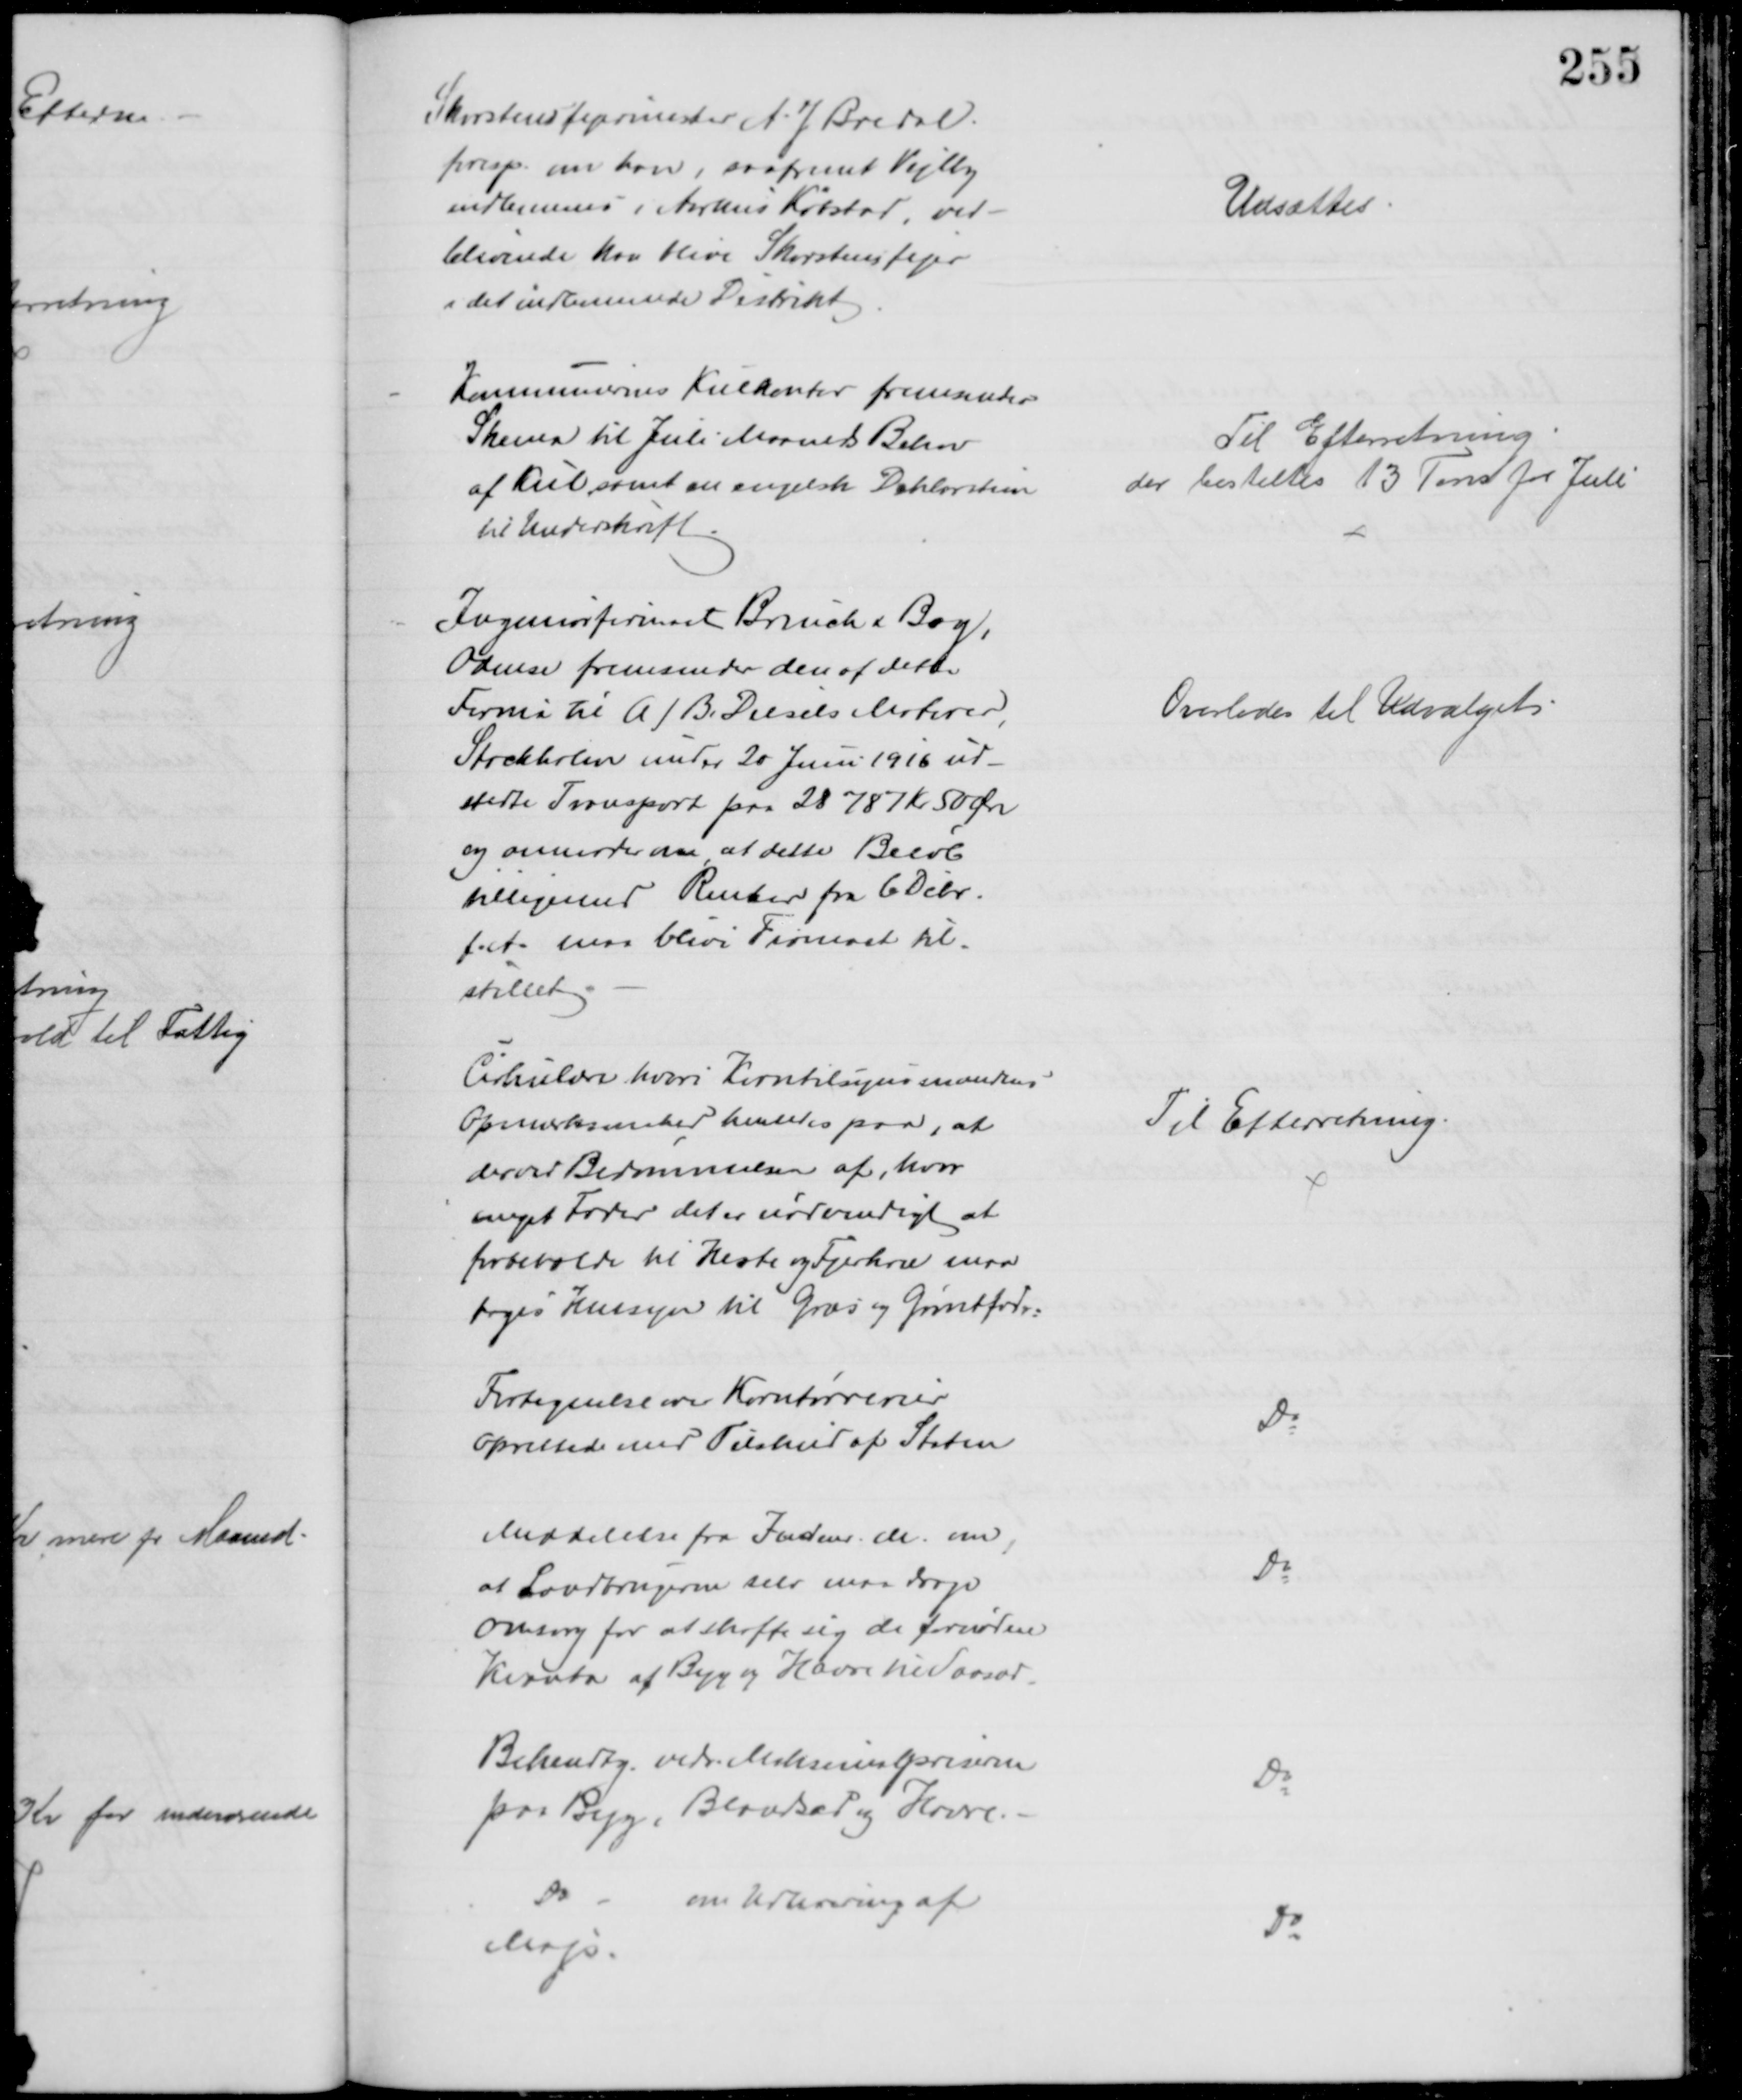
Transskription:
Skovstensfejermester A J Bredal
foresp. om han, saafremt Vejlby
indlemmes i Aarhus Købstad, ved-
blivende kan blive Skorstensfejer
i det indlemmede Distrikt
Udsættes
Kommunernes Kulkontor fremsender
Skema til Juli Maaneds Behov
af Kul samt en engelsk Deklaration
til Underskrift
Til Efterretning
der bestilles 13 Tons for Juli
Ingeniørfirmaet Brinch & Bay,
Odense fremsender den af dette
Firma til A/B Diesels Motorer,
Stockholm under 20 Juni 1916 ud-
stedte Transport paa 28787 Kr. 50 Øre
og anmoder om, at dette Beløb
tilligemed Renter fra 6 Debr
f.A. maa blive Firmaet til-
stillet
Overlodes til Udvalget
Cirkulære hvori Korntilsynsmandens
Opmærksomhed henledes paa, at
der ved Bedømmelsen af, hvor 
meget Foder det er nødvendigt at
forbeholde til Heste og Fjerkræ maa
tages Hensyn til Græs og Grøntfoder.
Til Efterretning
Fortegnelse over Korntørrerier
oprettede med Tilskud af Staten
Do
Meddelelse fra Indenr. M. om,
at Landbrugerne selv maa drage
Omsorg for at skaffe sig de fornødne
Kvanta af Byg og Havre til Saasæd
Do
Bekendtg. vedr. Maksimalpriserne
paa Byg, Brændsel og Havre.
Do
Do
om Udlevering af
Majs.
Do